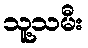
သူ့သမီး